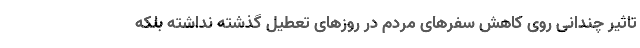
تاثیر چندانی روی کاهش سفرهای مردم در روزهای تعطیل گذشته نداشته بلکه